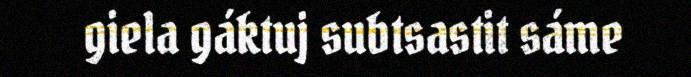
giela gáktuj subtsastit sáme